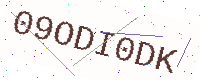
Text: 09ODI0DK